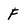
Character: F